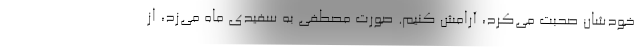
خودشان صحبت می‌کرد، آرامَش کنیم. صورت مصطفی به سفیدی ماه می‌زد، از